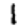
Digit: 1